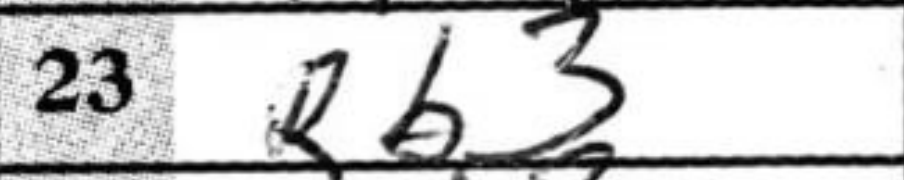
Transcription: Rb3